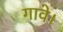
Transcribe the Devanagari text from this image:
गावे।